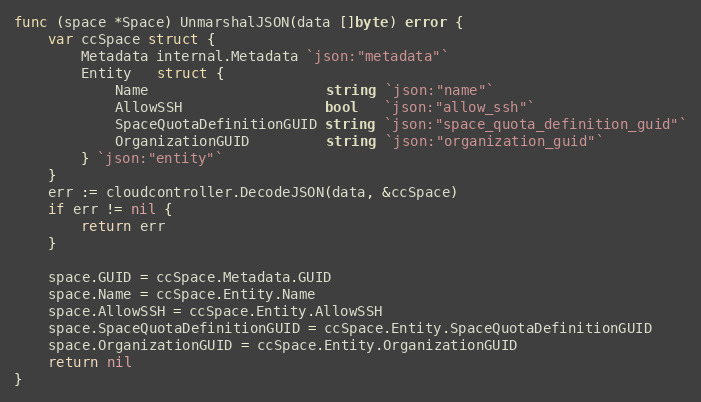
Language: Go
func (space *Space) UnmarshalJSON(data []byte) error {
	var ccSpace struct {
		Metadata internal.Metadata `json:"metadata"`
		Entity   struct {
			Name                     string `json:"name"`
			AllowSSH                 bool   `json:"allow_ssh"`
			SpaceQuotaDefinitionGUID string `json:"space_quota_definition_guid"`
			OrganizationGUID         string `json:"organization_guid"`
		} `json:"entity"`
	}
	err := cloudcontroller.DecodeJSON(data, &ccSpace)
	if err != nil {
		return err
	}

	space.GUID = ccSpace.Metadata.GUID
	space.Name = ccSpace.Entity.Name
	space.AllowSSH = ccSpace.Entity.AllowSSH
	space.SpaceQuotaDefinitionGUID = ccSpace.Entity.SpaceQuotaDefinitionGUID
	space.OrganizationGUID = ccSpace.Entity.OrganizationGUID
	return nil
}